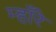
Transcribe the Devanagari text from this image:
म्हाँरे